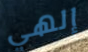
إلهي